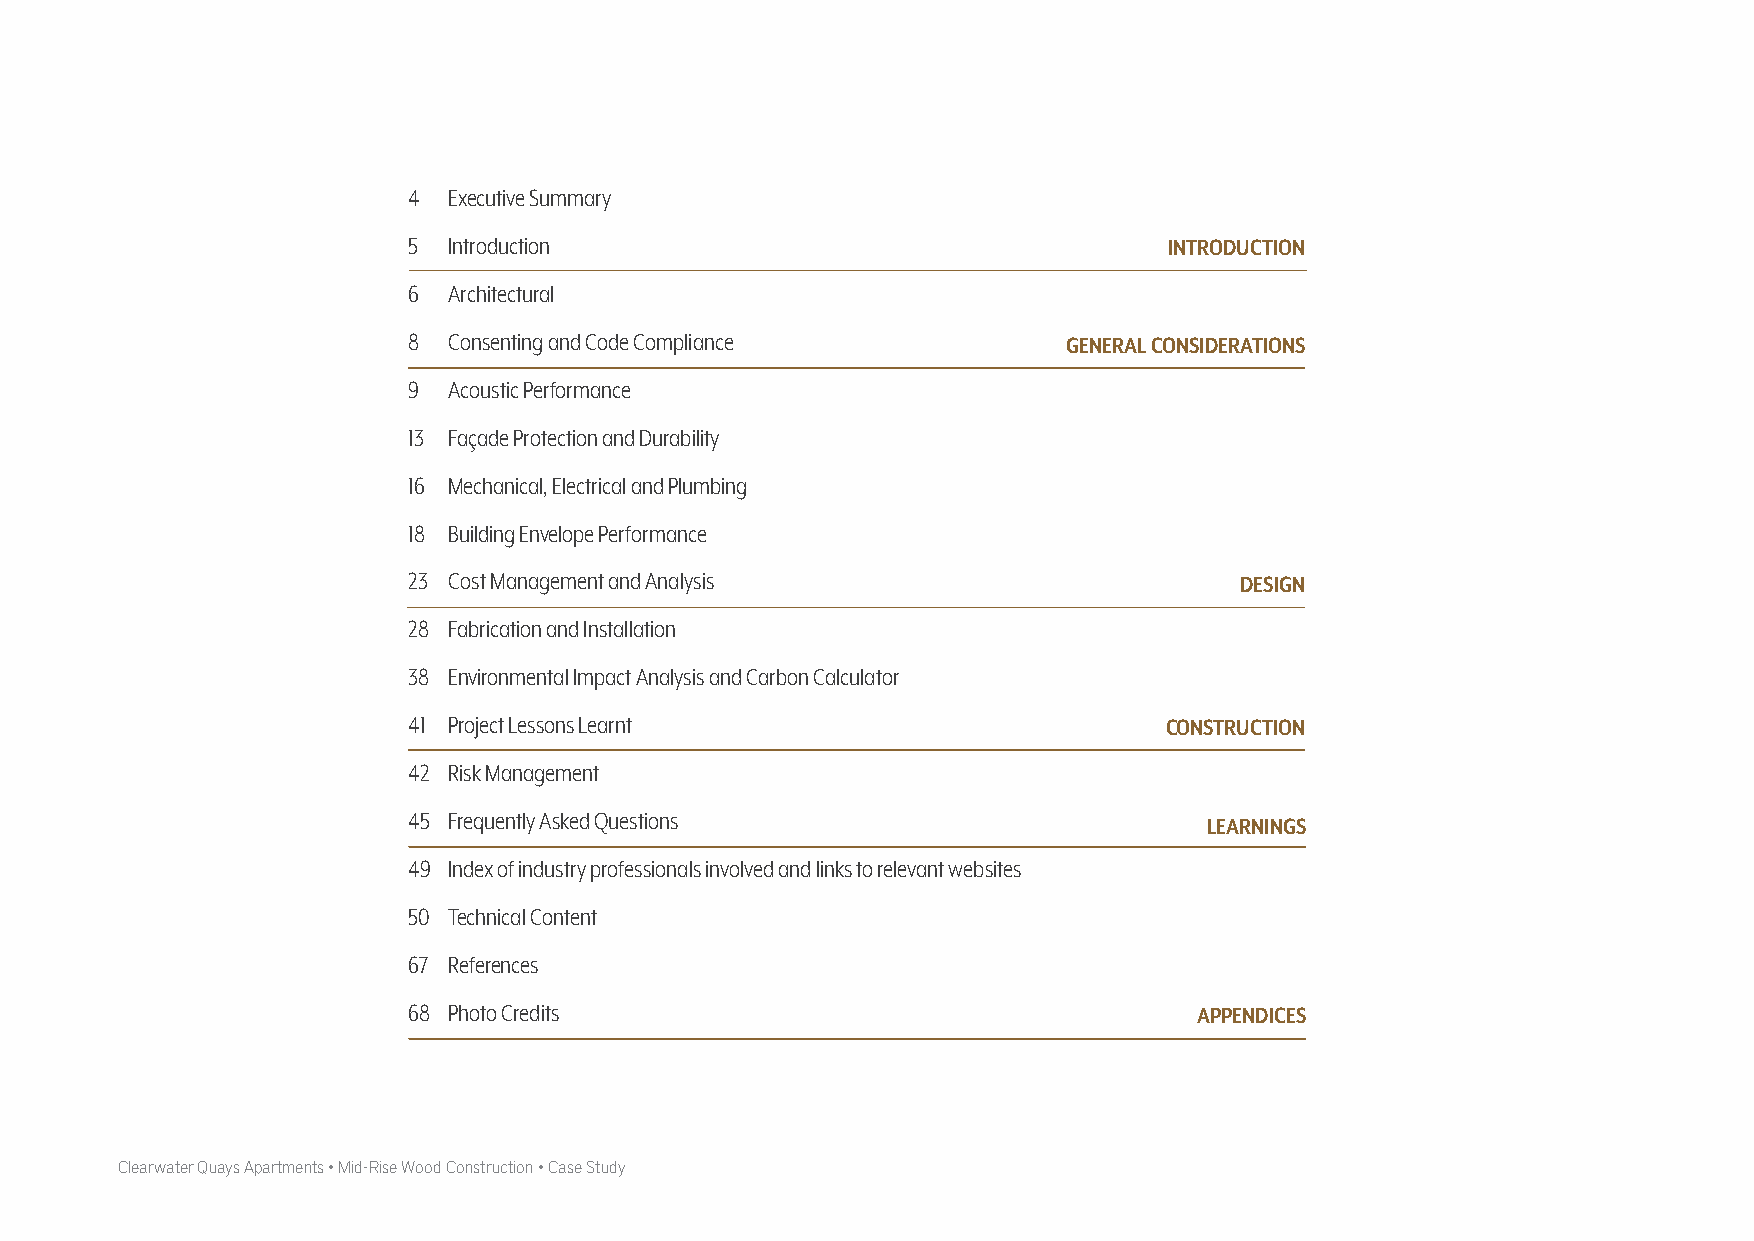
4  Executive Summary
 5  Introduction                                   INTRODUCTION
 6  Architectural
 8  Consenting and Code Compliance           GENERAL CONSIDERATIONS
 9  Acoustic Performance
 13 Façade Protection and Durability
 16 Mechanical, Electrical and Plumbing
 18 Building Envelope Performance
 23 Cost Management and Analysis                        DESIGN
 28 Fabrication and Installation
 38 Environmental Impact Analysis and Carbon Calculator
 41 Project Lessons Learnt                         CONSTRUCTION
 42 Risk Management
 45 Frequently Asked Questions
 LEARNINGS
 49 Index of industry professionals involved and links to relevant websites
 50 Technical Content
 67 References
 68 Photo Credits                                    APPENDICES
 Clearwater Quays Apartments • Mid-Rise Wood Construction • Case Study